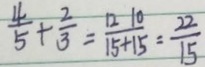
\frac { 4 } { 5 } + \frac { 2 } { 3 } = \frac { 1 2 1 0 } { 1 5 + 1 5 } = \frac { 2 2 } { 1 5 }